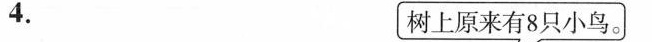
现在树上有几只鸟?